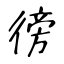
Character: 徬